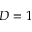
D = 1